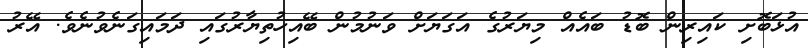
އުޅަބޮށި ކައިރިން ބޮޑު ބައެއް މިޔަރުގެ އަގަޔަށް ވަނުމުން ބޭއިހުތިޔާރުގައި ދަމައިގަނެވުނެވެ. އޭރު